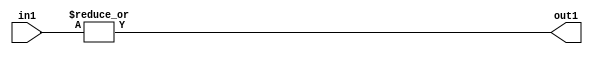
`timescale 1ps / 1ps
/*****************************************************************************
    Verilog RTL Description
    
    
    Created by: Stratus DpOpt 2019.1.01 
*******************************************************************************/

module st_feature_addr_gen_OrReduction_4U_1U_4_4 (
	in1,
	out1
	); /* architecture "behavioural" */ 
input [3:0] in1;
output  out1;
wire  asc001;

assign asc001 = 
	(|in1);

assign out1 = asc001;
endmodule

/* CADENCE  urb4TAs= : u9/ySgnWtBlWxVPRXgAZ4Og= ** DO NOT EDIT THIS LINE ******/